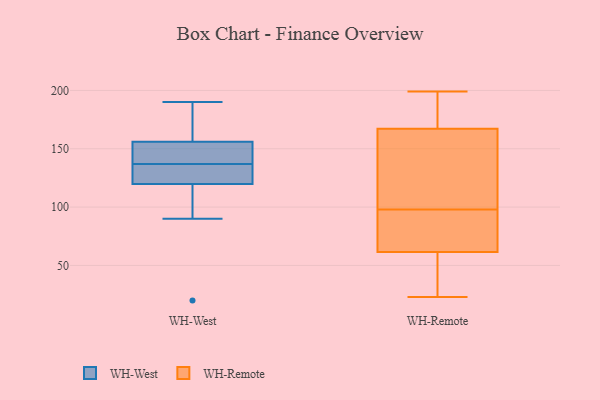
{"axis": {"x": "Revenue (USD Million)", "y": "Value"}, "legend": ["WH-Remote", "WH-West"], "data": [{"x": "", "y": 190, "type": "WH-West"}, {"x": "", "y": 163, "type": "WH-West"}, {"x": "", "y": 90, "type": "WH-West"}, {"x": "", "y": 131, "type": "WH-West"}, {"x": "", "y": 147, "type": "WH-West"}, {"x": "", "y": 134, "type": "WH-West"}, {"x": "", "y": 116, "type": "WH-West"}, {"x": "", "y": 137, "type": "WH-West"}, {"x": "", "y": 159, "type": "WH-West"}, {"x": "", "y": 20, "type": "WH-West"}, {"x": "", "y": 140, "type": "WH-West"}, {"x": "", "y": 57, "type": "WH-Remote"}, {"x": "", "y": 193, "type": "WH-Remote"}, {"x": "", "y": 53, "type": "WH-Remote"}, {"x": "", "y": 23, "type": "WH-Remote"}, {"x": "", "y": 73, "type": "WH-Remote"}, {"x": "", "y": 168, "type": "WH-Remote"}, {"x": "", "y": 167, "type": "WH-Remote"}, {"x": "", "y": 63, "type": "WH-Remote"}, {"x": "", "y": 106, "type": "WH-Remote"}, {"x": "", "y": 47, "type": "WH-Remote"}, {"x": "", "y": 199, "type": "WH-Remote"}, {"x": "", "y": 76, "type": "WH-Remote"}, {"x": "", "y": 161, "type": "WH-Remote"}, {"x": "", "y": 174, "type": "WH-Remote"}, {"x": "", "y": 98, "type": "WH-Remote"}, {"x": "", "y": 128, "type": "WH-Remote"}, {"x": "", "y": 83, "type": "WH-Remote"}]}